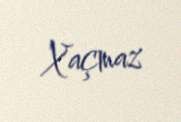
Xaçmaz